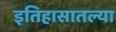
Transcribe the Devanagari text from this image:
इतिहासातल्या